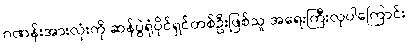
ဂဏန်းအားလုံးကို ဆန်ပွဲရုံပိုင်ရှင်တစ်ဦးဖြစ်သူ အရေးကြီးလှပါကြောင်း